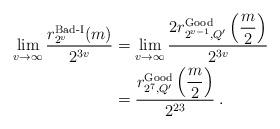
LaTeX: \begin{align*} \lim_{v \to \infty} \dfrac{r_{2^v}^{\operatorname{Bad-I}}(m)}{2^{3v}} &= \lim_{v \to \infty}\dfrac{2 r_{2^{v-1},Q^{\prime}}^{\operatorname{Good}}\left(\dfrac{m}{2}\right)}{2^{3v}}\\&=\dfrac{r_{2^{7},Q^{\prime}}^{\operatorname{Good}}\left(\dfrac{m}{2}\right)}{2^{23}} \: .\end{align*}